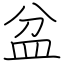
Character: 盆